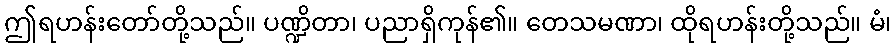
ဤရဟန်းတော်တို့သည်။ ပဏ္ဍိတာ၊ ပညာရှိကုန်၏။ တေသမဏာ၊ ထိုရဟန်းတို့သည်။ မံ၊